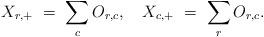
LaTeX: \begin{align*} X_{r,+}\ =\ \sum_{c} O_{r,c}, \ \ \ X_{c,+}\ =\ \sum_{r} O_{r,c}.\end{align*}